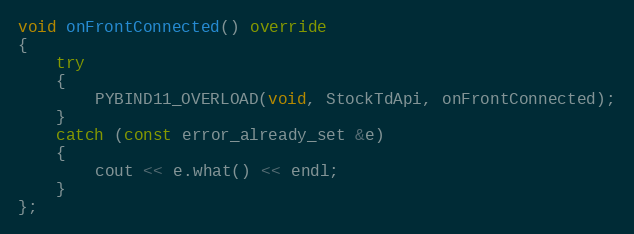
Language: C++
void onFrontConnected() override
{
	try
	{
		PYBIND11_OVERLOAD(void, StockTdApi, onFrontConnected);
	}
	catch (const error_already_set &e)
	{
		cout << e.what() << endl;
	}
};